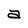
Character: a